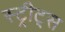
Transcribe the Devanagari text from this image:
स्ट्रीट्‌स